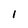
Character: 1